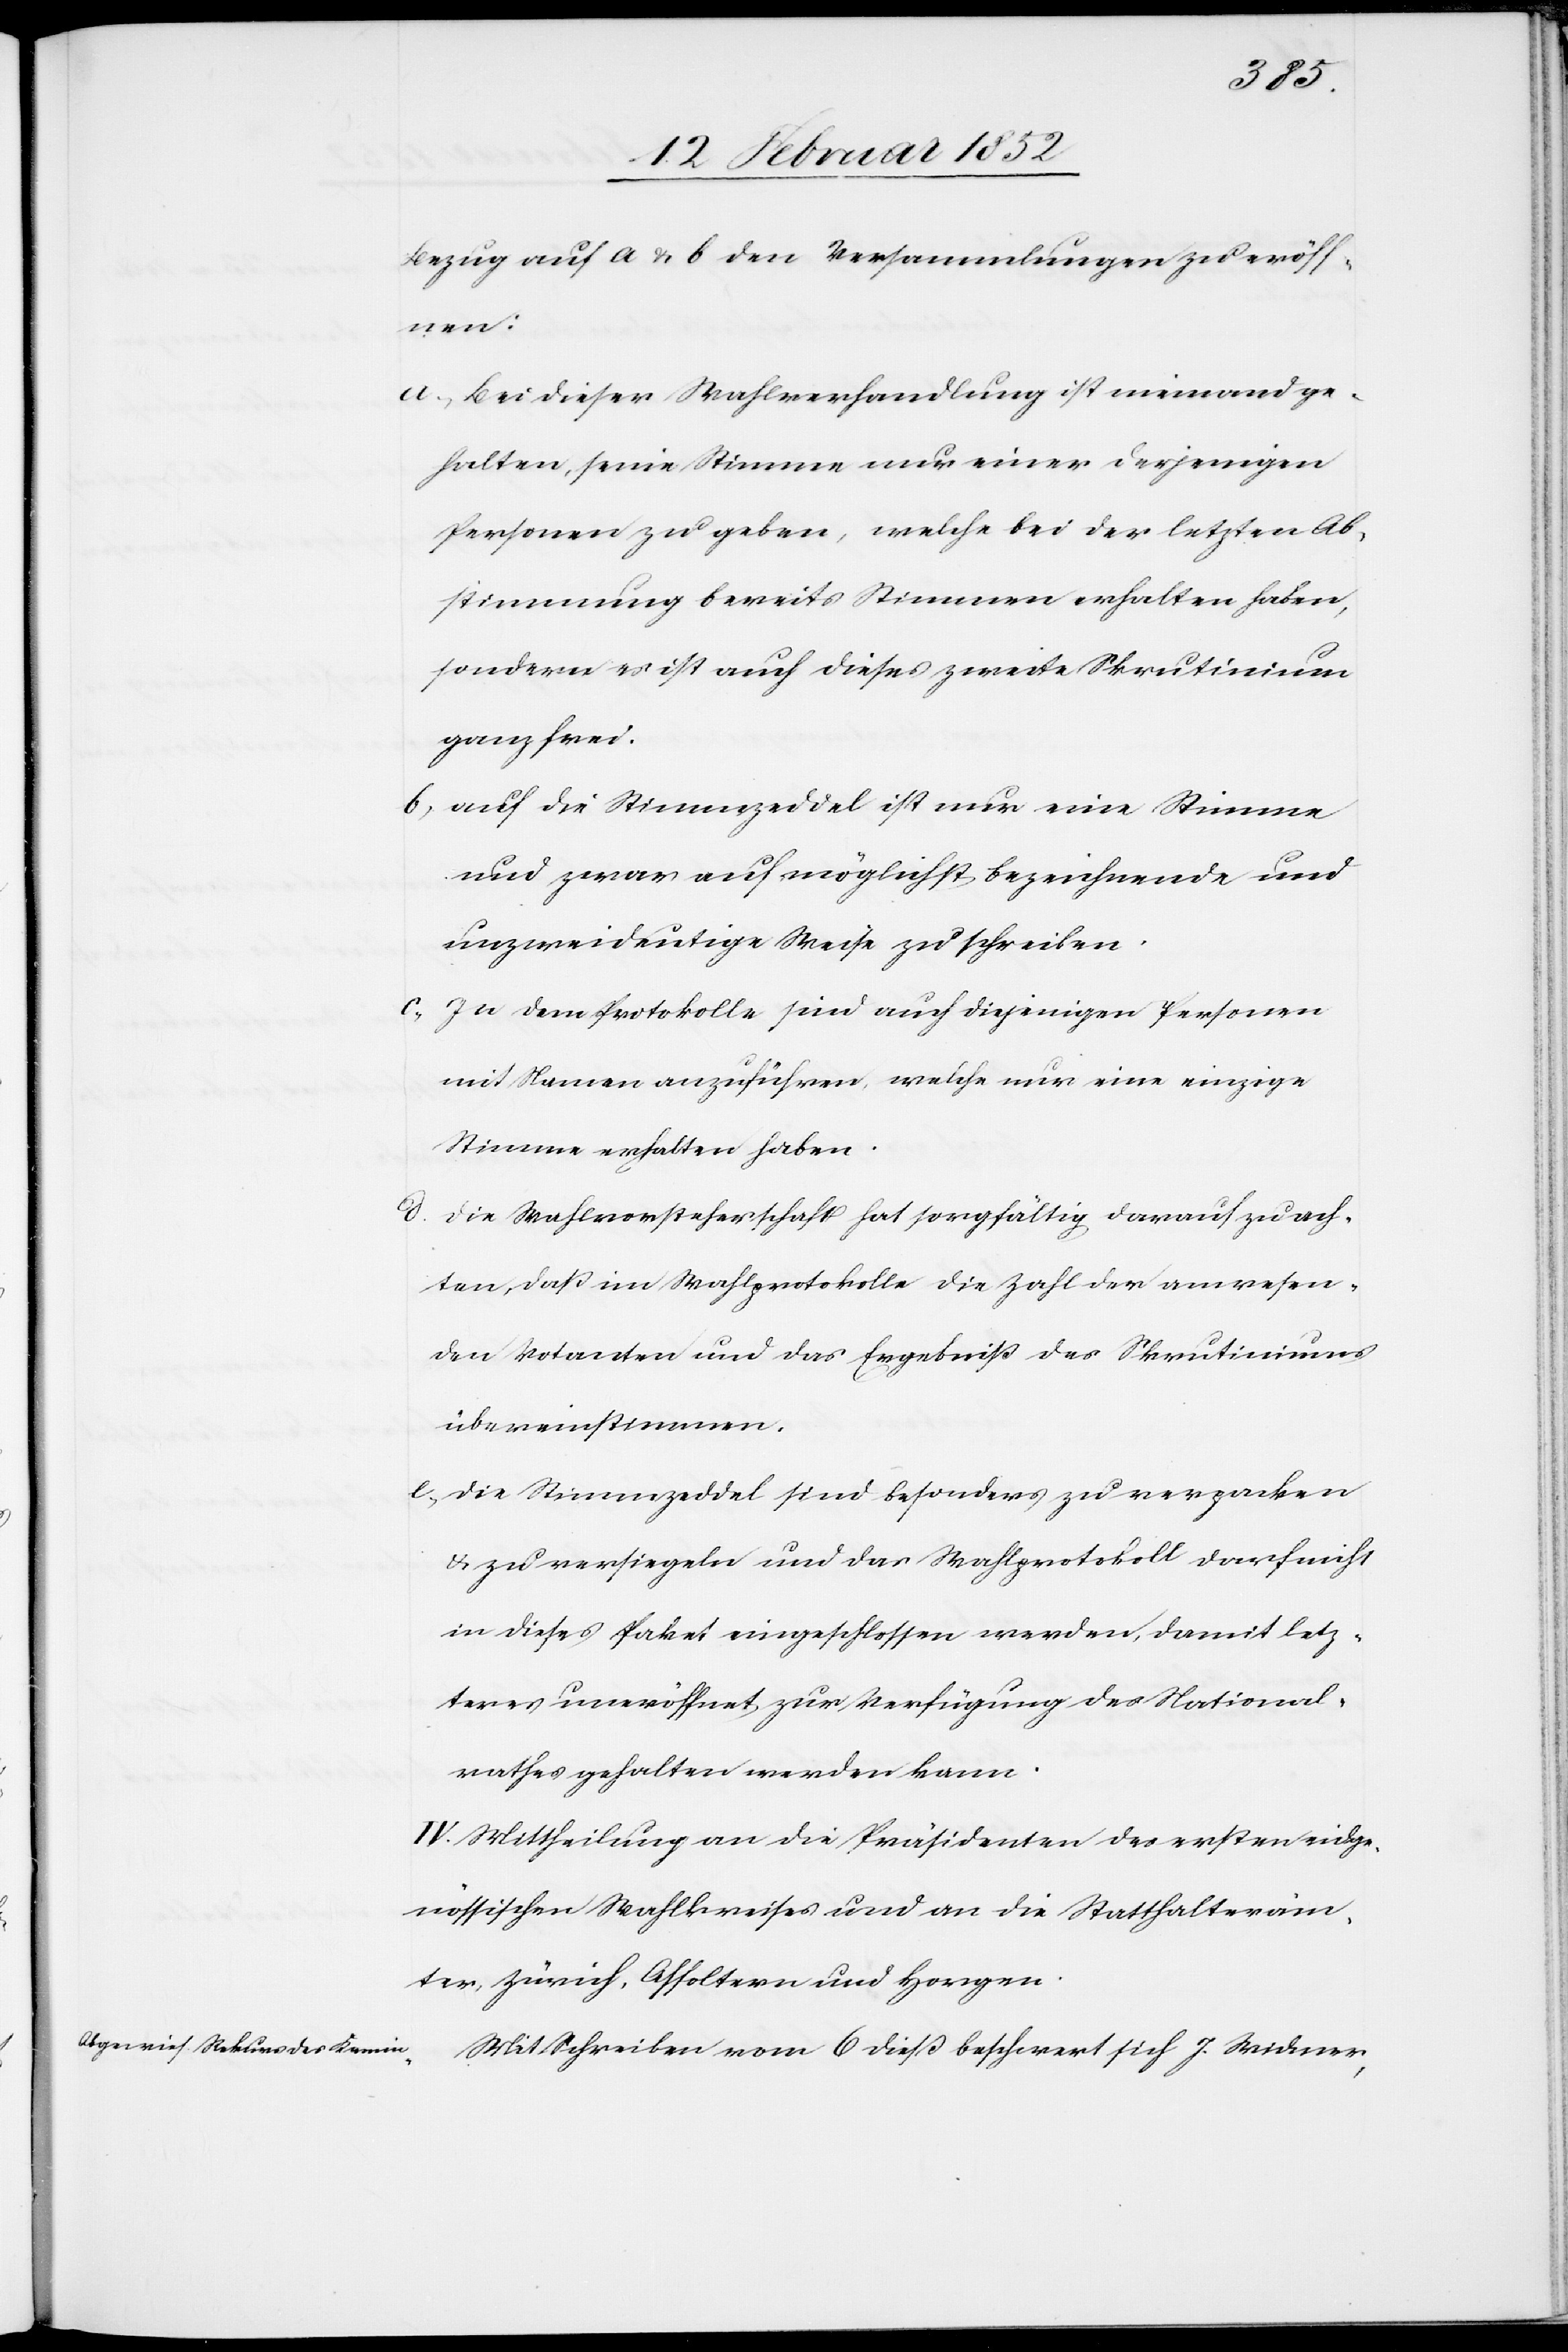
Bezug auf a u. b den Versammlungen zu eröff¬
nen:
a.) Bei dieser Wahlverhandlung ist niemand ge¬
halten, seine Stimme nur einer derjenigen
Personen zu geben, welche bei der letzten Ab¬
stimmung bereits Stimmen erhalten haben,
sondern es ist auch dieses zweite Scrutinium
ganz frei.
b) auf die Stimmenzedel ist nur eine Stimme
und zwar auf möglichst bezeichnende und
unzweideutige Weise zu schreiben.
c) In dem Protokolle sind auch diejenigen Personen
mit Namen anzuführen, welche nur eine einzige
Stimme erhalten haben.
d. Die Wahlvorsteherschaft hat sorgfältig darauf zu ach¬
ten, daß im Wahlprotokolle die Zahl der anwesen¬
den Votanten und das Ergebniß des Skrutiniums
übereinstimmen.
e.) Die Stimmzeddel sind besonders zu verzacken
u. zu versiegeln und das Wahlprotokoll darf nicht
in dieses Paket eingeschlossen werden, damit letz¬
teres uneröffnet zur Verfügung des National¬
rathes gehalten werden kann.
IV. Mittheilung an die Präsidenten des ersten eidge¬
nössischen Wahlkreises und an die Statthalteräm¬
ter Zürich, Affoltern und Horgen.
Mit Schreiben vom 6 dieß beschwert sich J. Widmer,